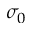
\sigma _ { 0 }